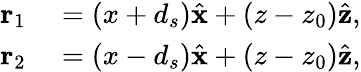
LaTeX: \begin{array}{rl}{{\mathbf r}_{1}}&{{}=(x+d_{s})\hat{\mathbf x}+(z-z_{0})\hat{\mathbf z},}\\ {{\mathbf r}_{2}}&{{}=(x-d_{s})\hat{\mathbf x}+(z-z_{0})\hat{\mathbf z},}\end{array}